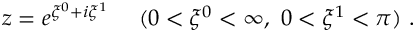
z = e ^ { \xi ^ { 0 } + i \xi ^ { 1 } } \ \ \ \ ( 0 < \xi ^ { 0 } < \infty , \ 0 < \xi ^ { 1 } < \pi ) \ .